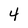
Character: 4